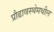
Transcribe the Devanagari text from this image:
प्रौढावस्थेमधील